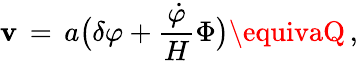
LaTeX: \mathbf{v}\, =\, a\bigl(\delta\varphi+{\frac{{{\dot{{\varphi}}}}}{{H}}}\Phi\bigr)\equivaQ\, ,